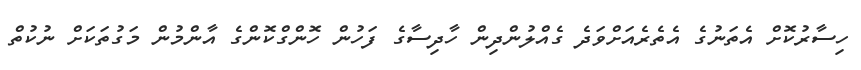
ހިސާރުކޮށް އެތަނުގެ އެތެރެއަށްވަދެ ގެއްލުންދިން ހާދިސާގެ ފަހުން ހޮންގްކޮންގެ އާންމުން މަގުތަކަށް ނުކުތް